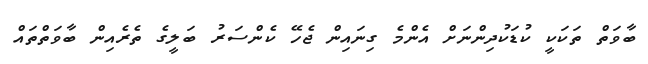
ބާވަތް ތަކަކީ ކުޑަކުދިންނަށް އެންމެ ގިނައިން ޖެހޭ ކެންސަރު ބަލީގެ ތެރެއިން ބާވަތްތައް